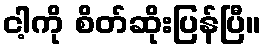
ငါ့ကို စိတ်ဆိုးပြန်ပြီ။